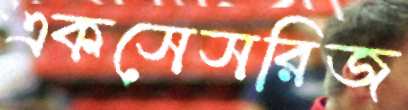
একসেসরিজ